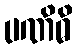
ပဏိဓိ